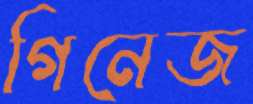
গিনেজ